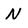
Character: N